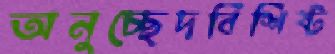
অনুচ্ছেদবিশিষ্ট